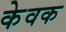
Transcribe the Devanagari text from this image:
केवक